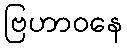
ဗြဟာဝနေ